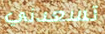
تسعدني